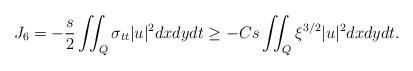
LaTeX: \begin{align*}J_6 =-\frac{s}{2} \iint_Q \sigma_{t t}|u|^2dx dy d t \geq-C s \iint_Q \xi^{3 / 2}|u|^2dx dy d t.\end{align*}